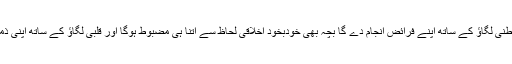
مرّبی جس قدر قربة الی اللہ خلوص اور باطنی لگاؤ کے ساتھ اپنے فرائض انجام دے گا بچہ بھی خودبخود اخلاقی لحاظ سے اتنا ہی مضبوط ہوگا اور قلبی لگاؤ کے ساتھ اپنی ذمہ داریوں کو نبھانے کی کوشش کرے گا۔